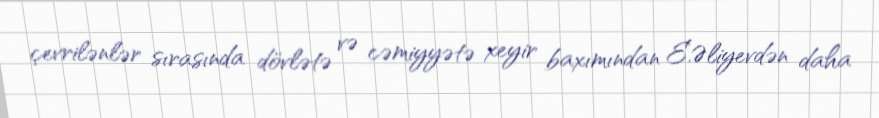
çevrilənlər sırasında dövlətə və cəmiyyətə xeyir baxımından E.Əliyevdən daha